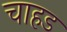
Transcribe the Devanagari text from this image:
चाहड